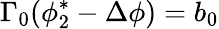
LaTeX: \Gamma_{0}(\phi_{2}^{*}-\Delta\phi)=b_{0}